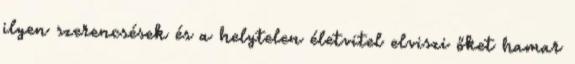
ilyen szerencsések és a helytelen életvitel elviszi őket hamar